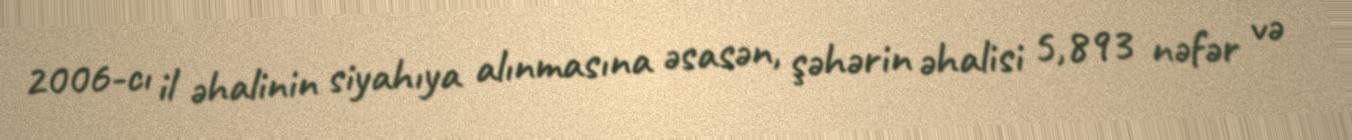
2006-cı il əhalinin siyahıya alınmasına əsasən, şəhərin əhalisi 5,893 nəfər və